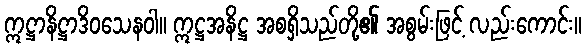
ဣဋ္ဌာနိဋ္ဌာဒိဝသေနဝါ။ ဣဋ္ဌအနိဋ္ဌ အစရှိသည်တို့၏ အစွမ်းဖြင့် လည်းကောင်း။